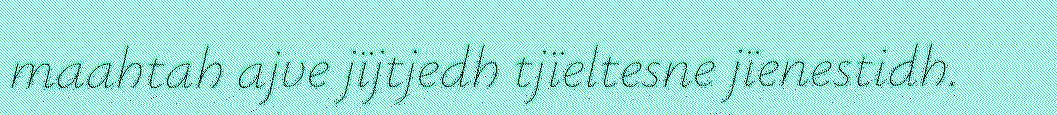
maahtah ajve jïjtjedh tjïeltesne jïenestidh.